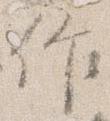
作